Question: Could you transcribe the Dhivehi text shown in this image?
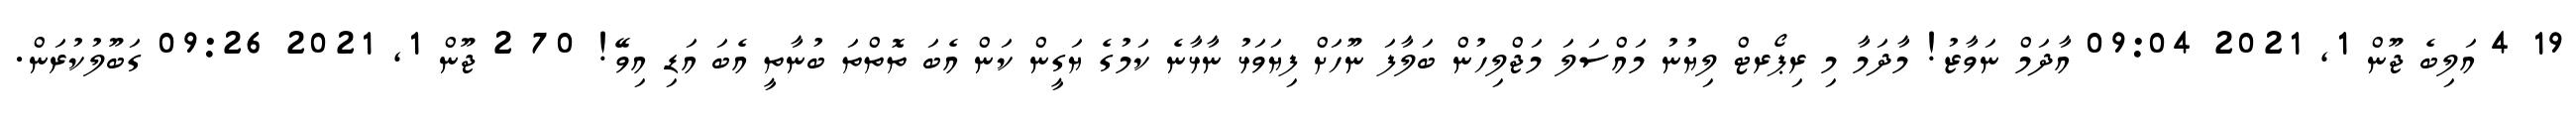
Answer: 19 4 އަލިބެ ޖޫން 1, 2021 09:04 އާދަމް ނަވާޒު! މާދަމާ މި ރިޕޯރޓް ލިޔުނު މައްސަލަ މަޖްލިހުން ބަލާފަ ނޫހަށް ފިޔަވަޅު ނާޅާނެ ކަމުގެ ޔަގީން ކަން އެބަ ތޮތްތަ ބުނާތީ އެބަ އަޑި އިވޭ! 70 2 ޖޫން 1, 2021 09:26 ގަބޫލުކުރަން.